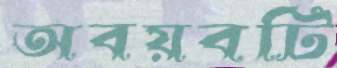
অবয়বটি